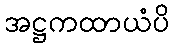
အဋ္ဌကထာယံပိ